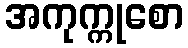
အကုက္ကုစော